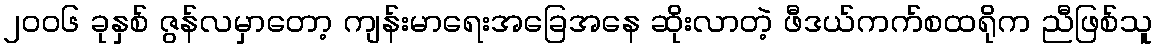
၂၀၀၆ ခုနှစ် ဇွန်လမှာတော့ ကျန်းမာရေးအခြေအနေ ဆိုးလာတဲ့ ဖီဒယ်ကက်စထရိုက ညီဖြစ်သူ